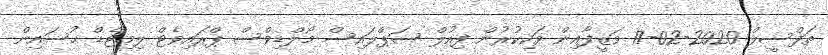
ތަފްސީލް 2020-02-17 ވަޒީފާއިން ވަކިކުރުން ފިއުލް ސަޕްލައިސް މޯލްޑިވްސް ޕްރައިވެޓް ލިމިޓެޑް ޙުސައިން